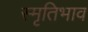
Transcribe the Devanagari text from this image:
स्मृतिभाव